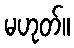
မဟုတ်။